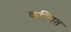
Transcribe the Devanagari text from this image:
कल्‍पित